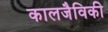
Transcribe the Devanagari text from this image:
कालजैविकी